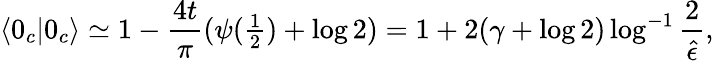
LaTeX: \langle 0_{c}|0_{c}\rangle\simeq 1-{\frac{4t}{\pi}}(\psi({\textstyle{\frac{1}{2}}})+\log 2)=1+2(\gamma+\log 2)\log^{-1}{\frac{2}{\hat{\epsilon}}},